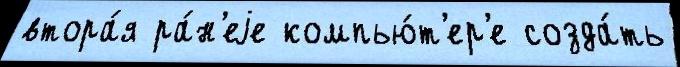
втора́я ра́н'еjе компью́т'ер'е созда́ть